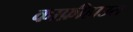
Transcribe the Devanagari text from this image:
काफ़ीहाउस